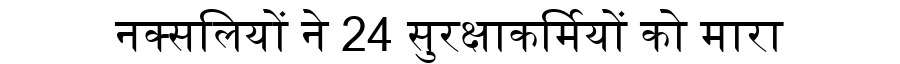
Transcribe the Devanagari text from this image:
नक्सलियों ने 24 सुरक्षाकर्मियों को मारा